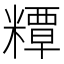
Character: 䊤